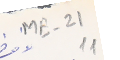
ME-21 11